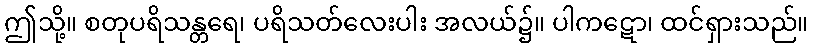
ဤသို့။ စတုပရိသန္တရေ၊ ပရိသတ်လေးပါး အလယ်၌။ ပါကဋော၊ ထင်ရှားသည်။